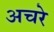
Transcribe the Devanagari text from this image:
अचरे